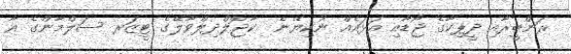
ރަންބީރާއި ދީޕިކާގެ ޖޯޑާއި އަަޅައެއް ނުކިޔޭނެ  ކާޖޮލްދިލްވާލޭގެ ޓީޒަރ ސަލްމާންގެ އާ